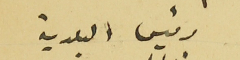
رئيس البلدية